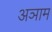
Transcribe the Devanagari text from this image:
अञाम